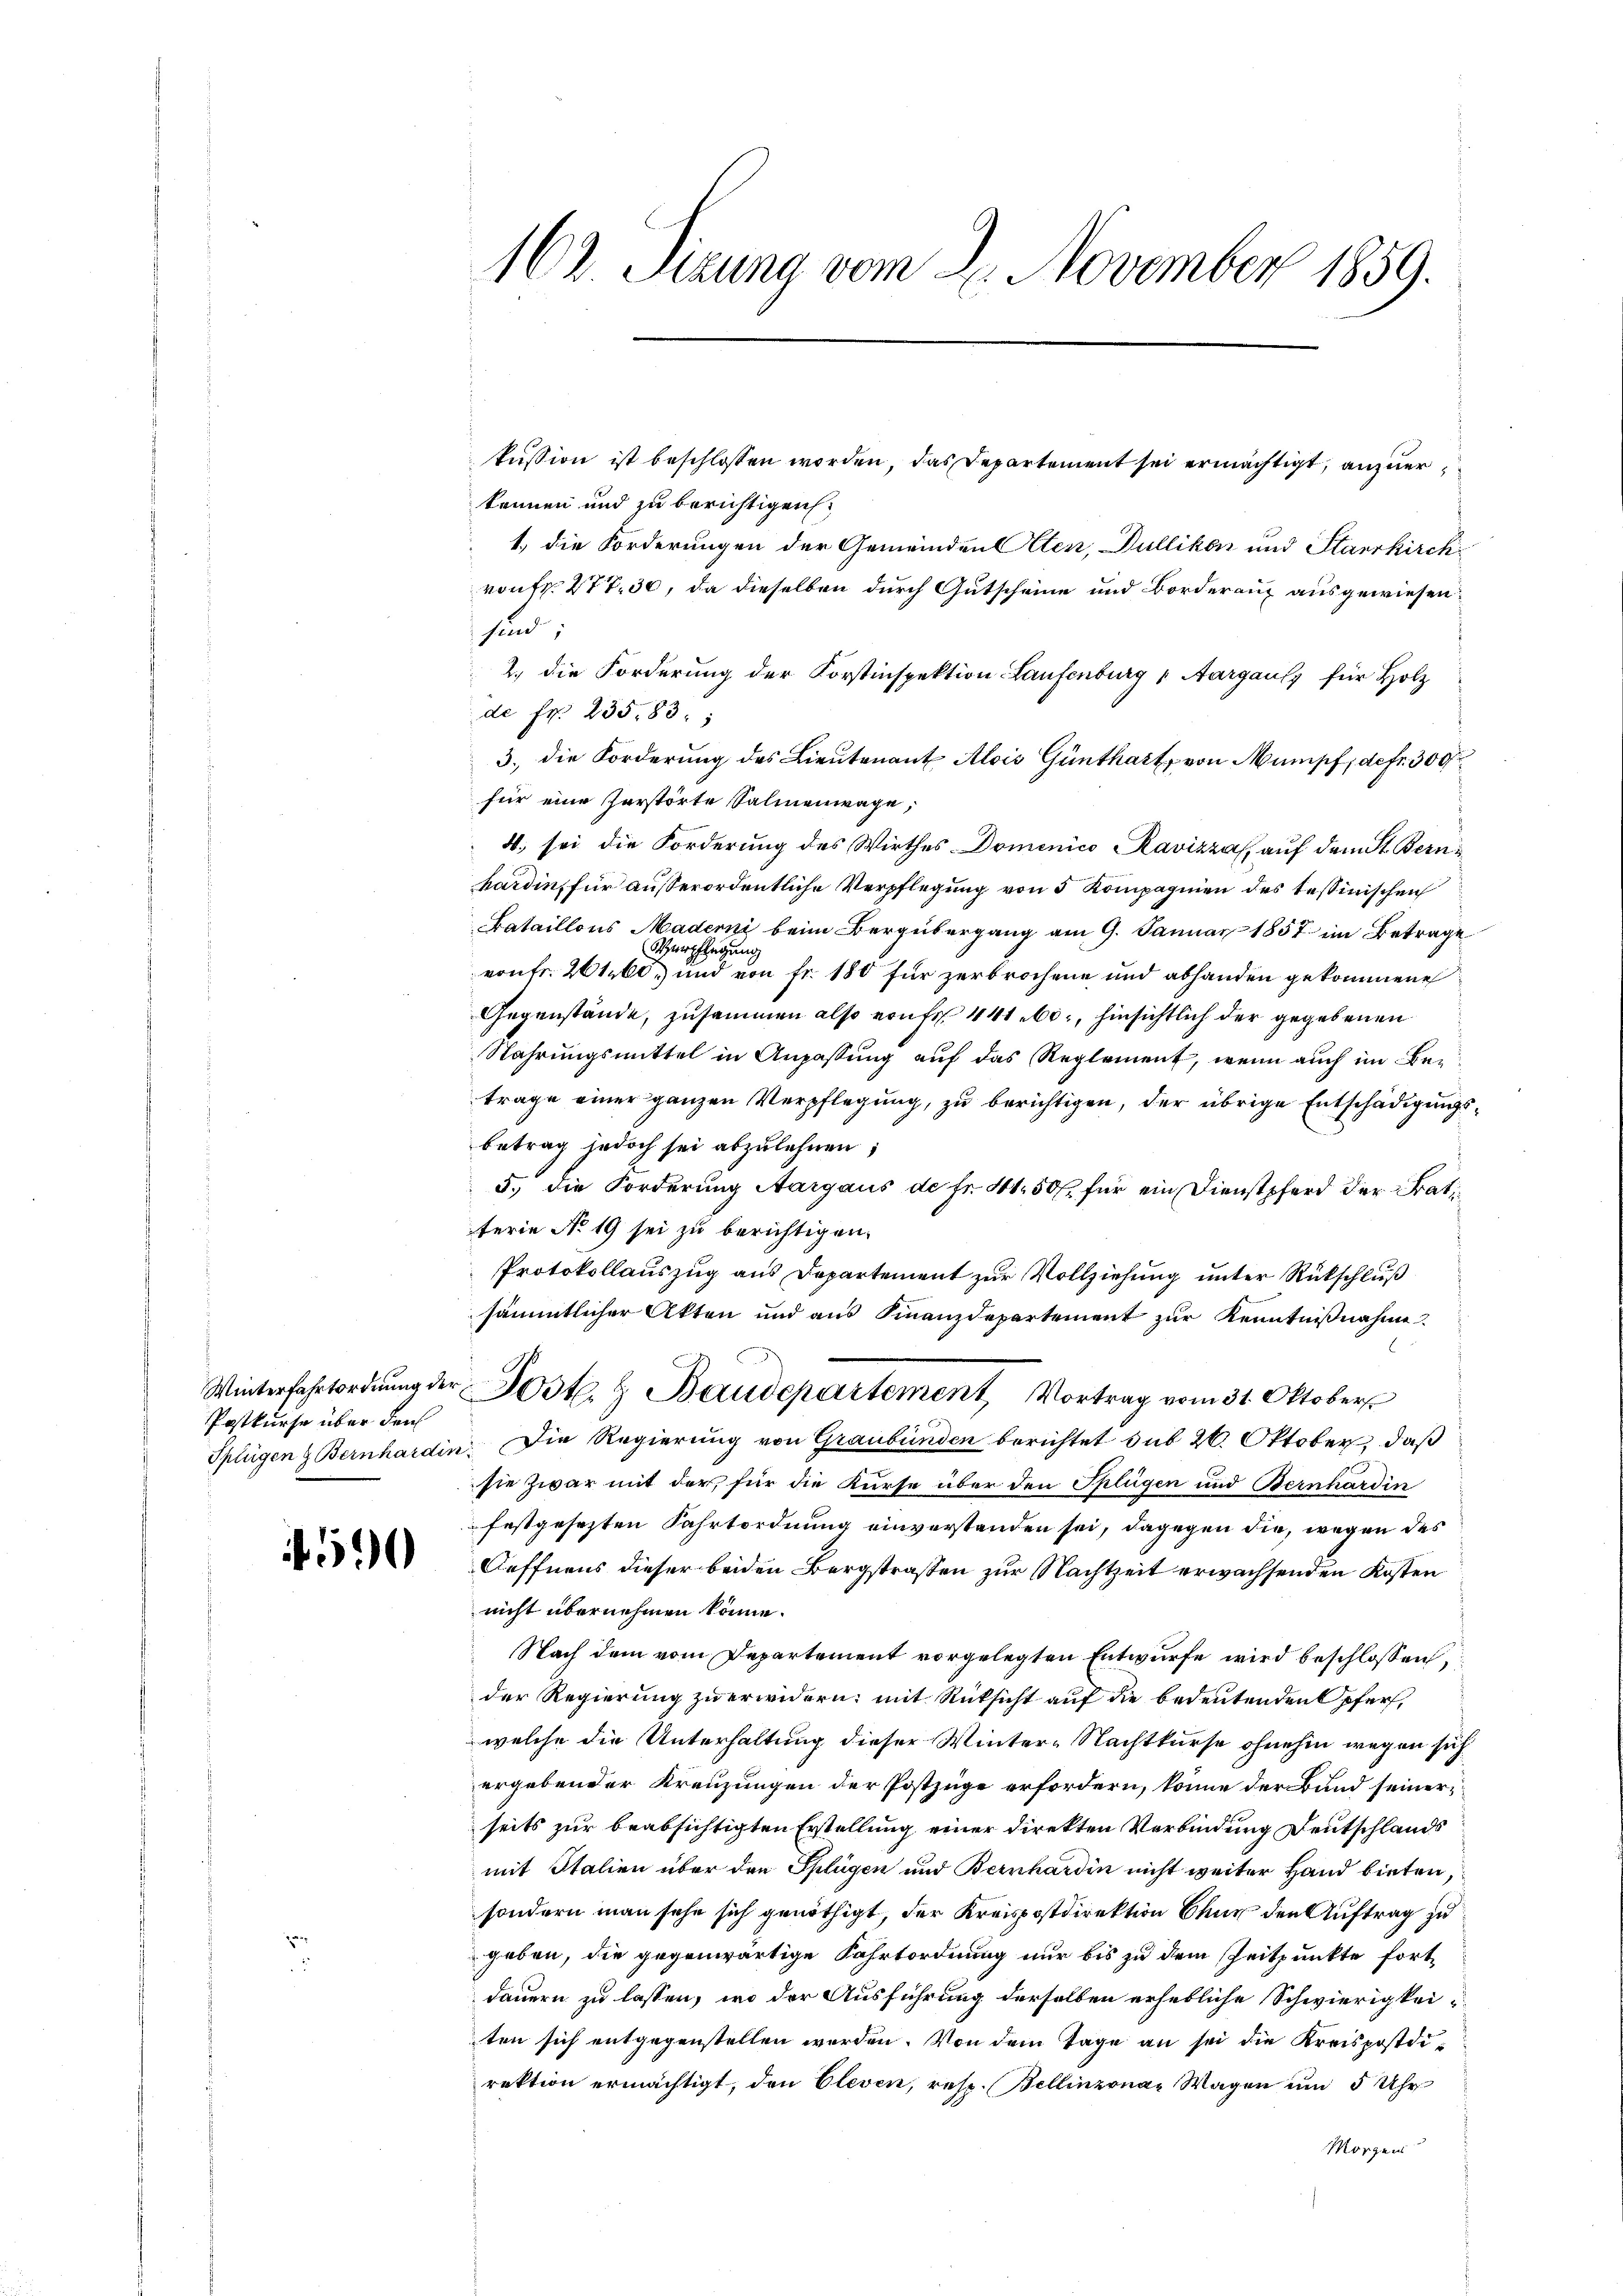
Postkurse über den

50

kussion ist beschlossen worden, das Departement sei ermächtigt, anzuer
können und zu berichtigen:
1., die Forderungen der Gemeinden Alten, Dullikon und Starrkirchvon Fr. 277. 30, da dieselben durch Gutscheine und Borderauf ausgewiesen:
sind;
2. die Forderung der Forstinspektion Laufenburg Aargauls für Holz
de Fr. 235,83;
3., die Forderung des Lieutenant Alois Günthalt, von Mumpf, defr. 300
für eine Zerstörte Salmenwage,
4. sei die Forderung des Wirthes Dominico Ravizza, auf dem St. Bern
hardin, für außerordentliche Verpflegung von 5 Kompagnien des tessinischen
Bataillons Maderni beim Bergübergang am 9. Januar 1857 im Betrage
Ahupflegung
vonFr. 261, und von fr. 180 für zerbrochene und abhanden gekommene
Gegenstände, zusammen also von Fr. 441 etc., hinsichtlich der gegebenen
Nahrungsmittel in Anpassung auf das Reglement, wenn auch im Betrage einer ganzen Verpflegung, zu berichtigen, der übrige Entschädigungsbetrag jedoch sei abzulehnen;
5. die Forderung Aargaus de fr. 41. 50 f. für ein Dienstpferd der Bratiterie No 19 sei zu berichtigen.
Protokollauszug aus Departement zur Vollziehung unter Rückschluß
sämmtlicher Akten und aus Finanzdepartement zur Kenntnißnahme
.
Winterfahrtordnŭng der Post & Baudepartement Vortrag vom 31. Oktober
Splügen & Bernhardin. Die Regierung von Graubünden berichtet sub 26. Oktober, daß
sie zwar mit der, für die Kurse über den Splügen und Bernhardin
festgesezten Fahrtordnung einvorstanden sei, dagegen die, wegen des
Aeffnens dieser beiden Bergstraßen zur Nachtzeit erwachsenden Kosten
nicht übernehmen könne.
Nach dem vom Departement vorgelegten Entwurfe wird beschlossen,
der Regierung zu erwidern; mit Rücksicht auf die bedeutenden Opfer,
welche die Unterhaltung dieser Winter-Nachtkurse ohnehin wegen sich
ergebender Kreuzungen der Postzüge erfordern, könne der Bund seinerseits zur beabsichtigten Erstellung einer Direkten Verbindung Deutschlands
mit Italien über den Splügen und Bernhardin nicht weiter Hand bieten,
sondern man sehe sich genöthigt, der Kreispostdirektion Chur den Auftrag zu
geben, die gegenwärtige Fahrtordnung nur bis zu dem Zeitpunkte fort-
dauern zu lassen, wo der Ausführung derselben erhebliche Schwierigkeiten sich entgegenstellen werden. Von dem Tage an sei die Kreispostdirektion ermächtigt, den Cleven, resp. Bellinzona Wagen um 5 Uhr
Morgen

162. Tizung vom 2. November 1859.